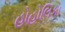
હોહોલિકા